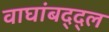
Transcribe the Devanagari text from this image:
वाघांबद्द्ल